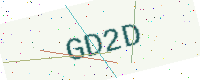
Text: GD2D